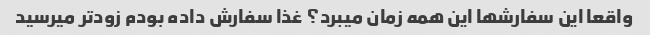
واقعا این سفارشها این همه زمان میبرد؟ غذا سفارش داده بودم زودتر میرسید